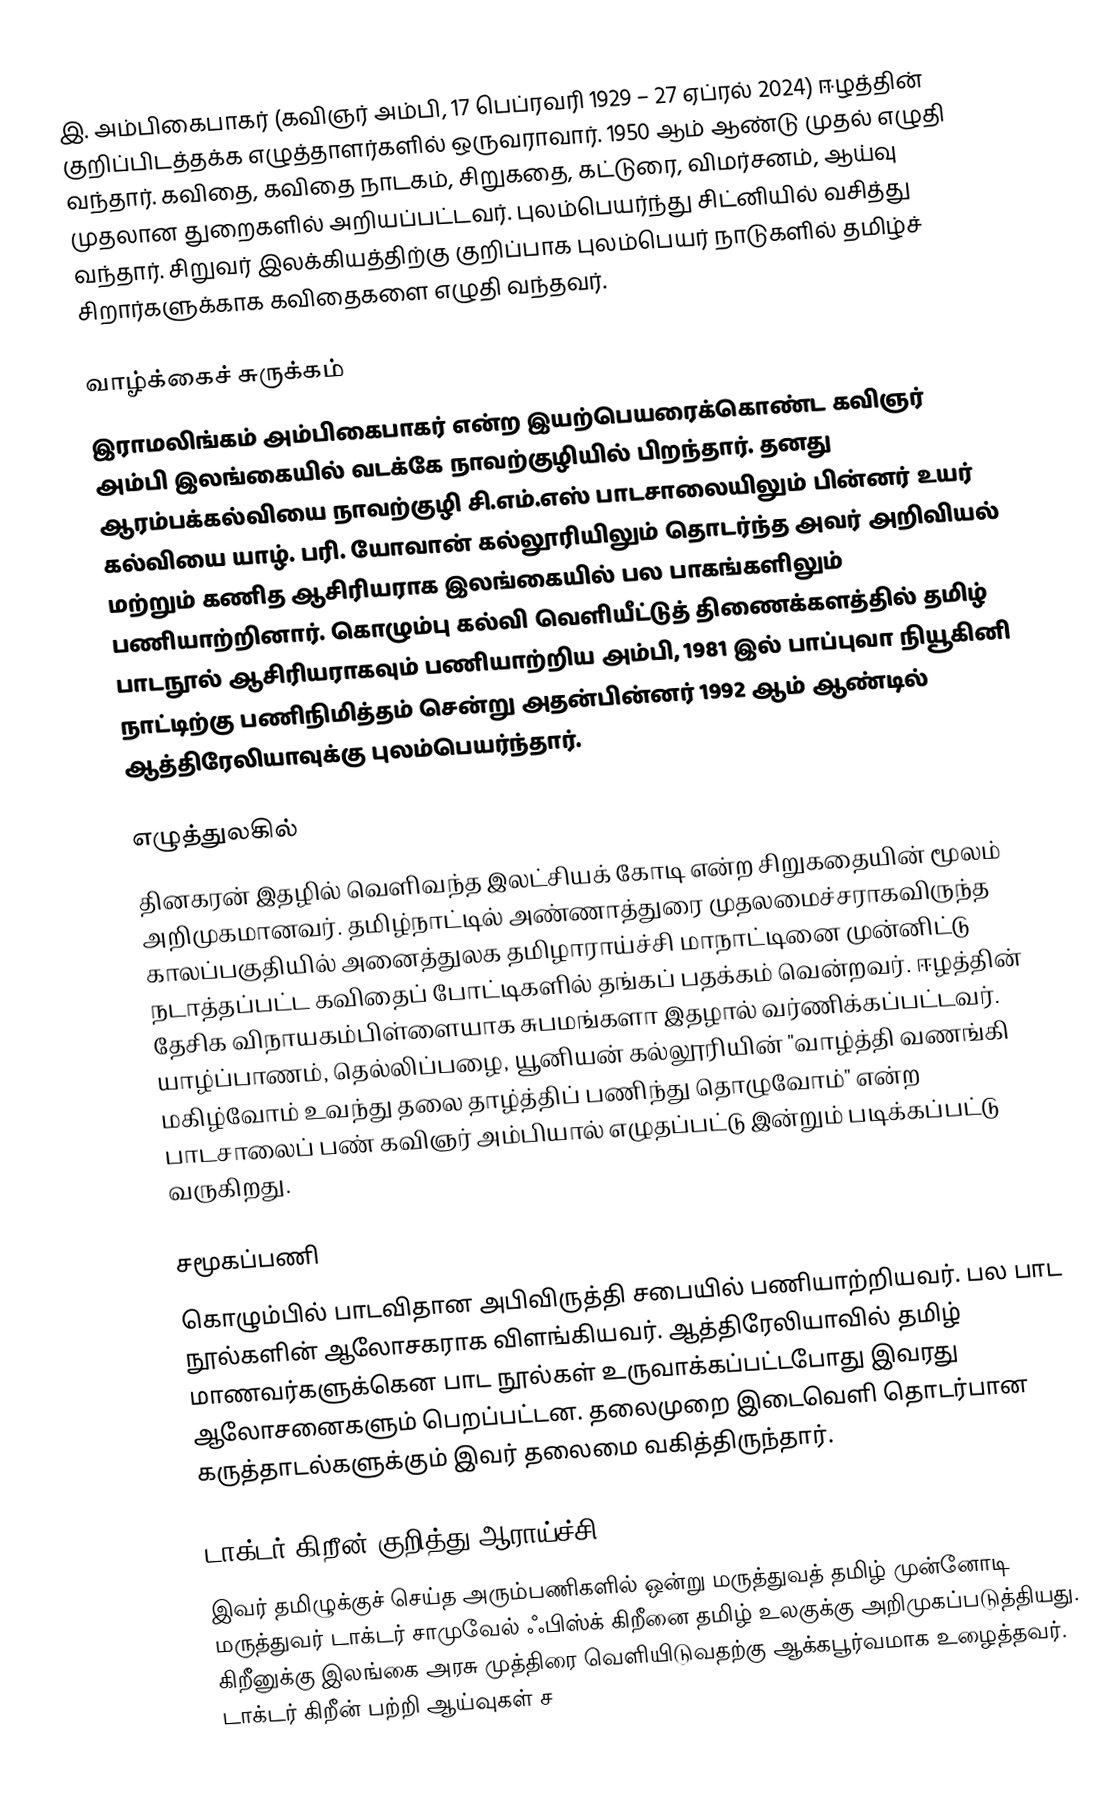
இ. அம்பிகைபாகர் (கவிஞர் அம்பி, 17 பெப்ரவரி 1929 – 27 ஏப்ரல் 2024) ஈழத்தின் குறிப்பிடத்தக்க எழுத்தாளர்களில் ஒருவராவார். 1950 ஆம் ஆண்டு முதல் எழுதி வந்தார். கவிதை, கவிதை நாடகம்,  சிறுகதை, கட்டுரை, விமர்சனம், ஆய்வு முதலான துறைகளில் அறியப்பட்டவர். புலம்பெயர்ந்து சிட்னியில் வசித்து வந்தார். சிறுவர் இலக்கியத்திற்கு குறிப்பாக புலம்பெயர் நாடுகளில் தமிழ்ச் சிறார்களுக்காக கவிதைகளை எழுதி வந்தவர்.

வாழ்க்கைச் சுருக்கம்
இராமலிங்கம் அம்பிகைபாகர் என்ற இயற்பெயரைக்கொண்ட கவிஞர் அம்பி இலங்கையில் வடக்கே நாவற்குழியில் பிறந்தார். தனது ஆரம்பக்கல்வியை நாவற்குழி சி.எம்.எஸ் பாடசாலையிலும் பின்னர் உயர் கல்வியை யாழ். பரி. யோவான் கல்லூரியிலும் தொடர்ந்த அவர் அறிவியல் மற்றும் கணித ஆசிரியராக இலங்கையில் பல பாகங்களிலும் பணியாற்றினார். கொழும்பு கல்வி வெளியீட்டுத் திணைக்களத்தில் தமிழ் பாடநூல் ஆசிரியராகவும் பணியாற்றிய அம்பி, 1981 இல் பாப்புவா நியூகினி நாட்டிற்கு பணிநிமித்தம் சென்று  அதன்பின்னர் 1992 ஆம் ஆண்டில் ஆத்திரேலியாவுக்கு புலம்பெயர்ந்தார்.

எழுத்துலகில்
தினகரன் இதழில் வெளிவந்த இலட்சியக் கோடி என்ற சிறுகதையின் மூலம் அறிமுகமானவர். தமிழ்நாட்டில் அண்ணாத்துரை முதலமைச்சராகவிருந்த காலப்பகுதியில் அனைத்துலக தமிழாராய்ச்சி மாநாட்டினை முன்னிட்டு நடாத்தப்பட்ட கவிதைப் போட்டிகளில் தங்கப் பதக்கம் வென்றவர். ஈழத்தின் தேசிக விநாயகம்பிள்ளையாக சுபமங்களா இதழால் வர்ணிக்கப்பட்டவர். யாழ்ப்பாணம், தெல்லிப்பழை, யூனியன் கல்லூரியின் "வாழ்த்தி வணங்கி மகிழ்வோம் உவந்து தலை தாழ்த்திப் பணிந்து தொழுவோம்" என்ற பாடசாலைப் பண் கவிஞர் அம்பியால் எழுதப்பட்டு இன்றும் படிக்கப்பட்டு வருகிறது.

சமூகப்பணி
கொழும்பில் பாடவிதான அபிவிருத்தி சபையில் பணியாற்றியவர். பல பாட நூல்களின் ஆலோசகராக விளங்கியவர். ஆத்திரேலியாவில் தமிழ் மாணவர்களுக்கென பாட நூல்கள் உருவாக்கப்பட்டபோது இவரது ஆலோசனைகளும் பெறப்பட்டன. தலைமுறை இடைவெளி தொடர்பான கருத்தாடல்களுக்கும் இவர் தலைமை வகித்திருந்தார்.

டாக்டர் கிறீன் குறித்து ஆராய்ச்சி
இவர் தமிழுக்குச் செய்த அரும்பணிகளில் ஒன்று மருத்துவத் தமிழ் முன்னோடி மருத்துவர் டாக்டர் சாமுவேல் ஃபிஸ்க் கிறீனை தமிழ் உலகுக்கு அறிமுகப்படுத்தியது. கிறீனுக்கு இலங்கை அரசு முத்திரை வெளியிடுவதற்கு ஆக்கபூர்வமாக உழைத்தவர். டாக்டர் கிறீன் பற்றி ஆய்வுகள் ச